Education (Scotland) (War Service Superannuation) Act, 1939, 1939
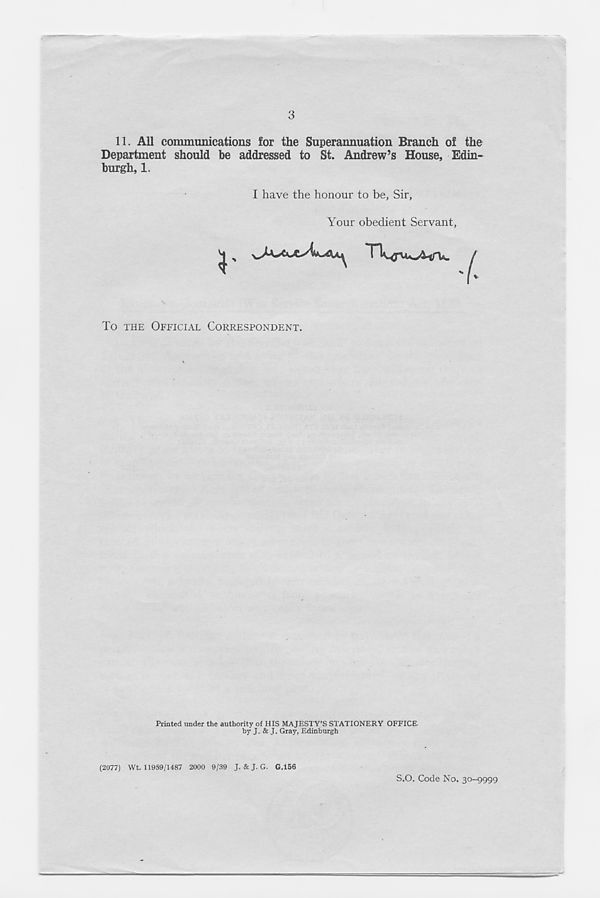
3
11. All communications for the Superannuation Branch of the
Department should be addressed to St. Andrew’s House, Edin-
burgh, 1.
I have the honour to be, Sir,
Your obedient Servant,
-(■
To THE OFFICIAL CORRESPONDENT.
Printed under the authority of HIS MAJESTY’S STATIONERY OFFICE,
by J. & J. Gray, Edinburgh
(2077) Wt. 11959/1487 2000 9/39 J. & J. G. G.156
S.O. Code No. 30-9999